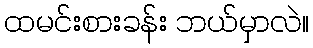
ထမင်းစားခန်း ဘယ်မှာလဲ။